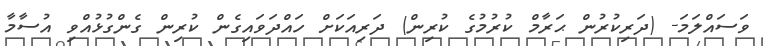
ވަސައްލަމަ- (ދަރިކުރުން ޙަރާމް ކުރުމުގެ ކުރިން) ދަރިއަކަށް ހައްދަވައިގެން ކުރިން ގެންގުޅުއްވި އުސާމާ